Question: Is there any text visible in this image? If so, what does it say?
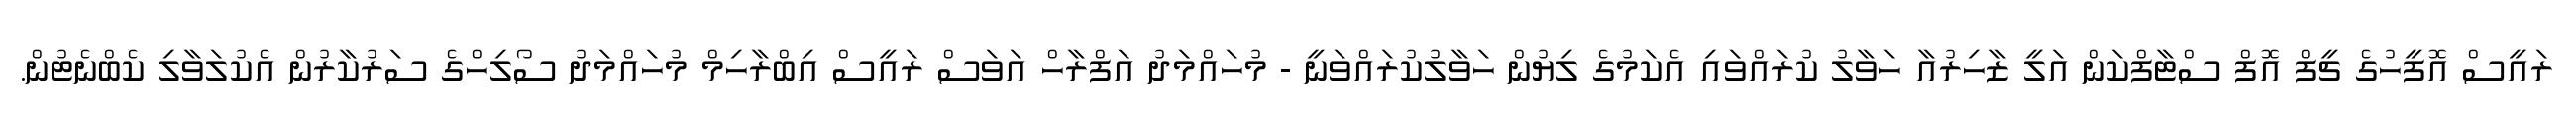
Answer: ރައީސް އޮފީހުގެ ޗީފް އޮފް ސްޓާފްކަން އަލީ ޒާހިރުއާ ހަވާލު ކުރައްވައި އެކަމުގެ ލިޔުން ހަވާލުކުރައްވަނީ - މުހައްމަދު އަފްރާހް އަވަސް ރައީސް އިބްރާހިމް މުހައްމަދު ސޯލިހްގެ ސަރުކާރުން އެކުލަވާލި ކެބްނެޓުން.